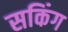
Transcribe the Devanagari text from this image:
सकिंग